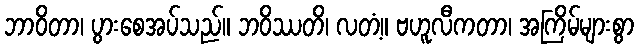
ဘာဝိတာ၊ ပွားစေအပ်သည်။ ဘဝိဿတိ၊ လတံ့။ ဗဟူလီကတာ၊ အကြိမ်များစွာ